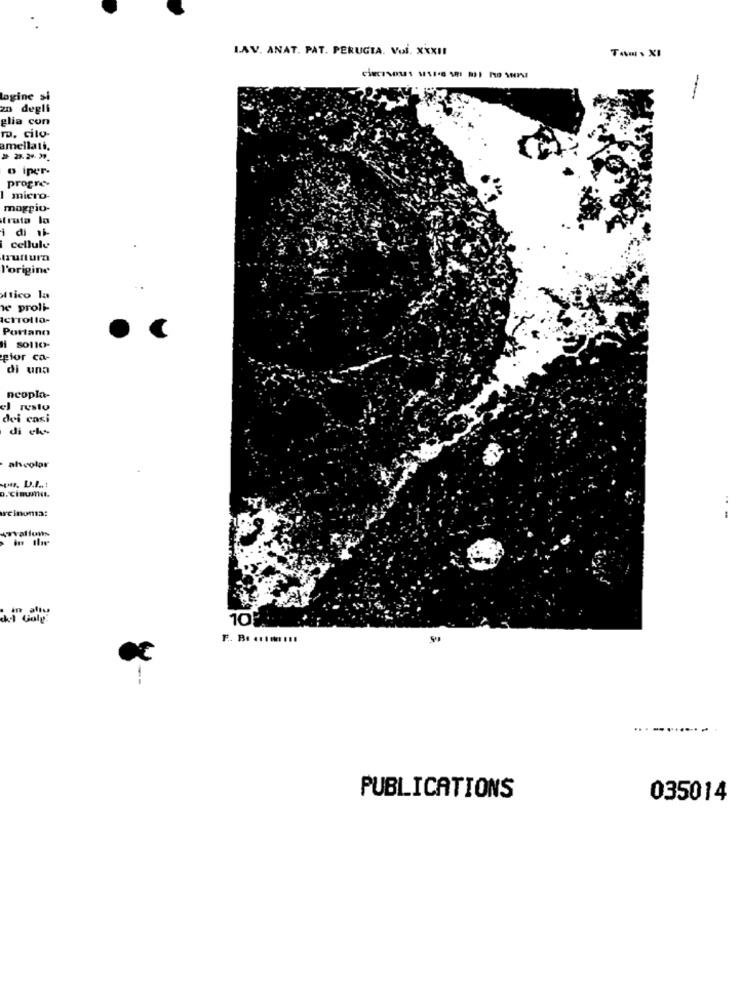
I.AV. ANAT. PAT. PERUGIA. Vol. XXXII
Tam , XI
lagine si
-
zn degli
glia con
m. cilo-
amellati,
# 23.24. 39.
o iper-
progre-
I micro-
maggio-
truta la
i di 1k
cellule
truttura
l'origine
ttico la
1e proli-
Icrrollo-
Portano
glor ca-
di una
neopla-
el resto
dei casi
di chs
ahscolar
D. Cinuma.
reinonta:
Val low
10
F. B. ...... ...
PUBLICATIONS
035014